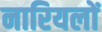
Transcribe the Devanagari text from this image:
नारियलों